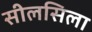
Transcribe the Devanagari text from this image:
सीलसिला